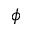
\phi